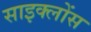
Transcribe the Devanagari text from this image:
साइक्लोंस